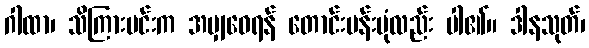
ဂါထာ၊ သိကြားမင်းက အမျှဝေရန် တောင်းပန်းပုံလည်း ပါ၏။ ဒါနသုတ်၊